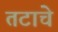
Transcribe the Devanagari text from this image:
तटाचे